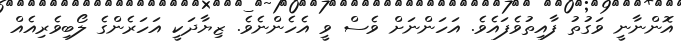
އޮންނާނީ ވަގުތު ފާއިތުވެފައެވެ. އަހަންނަށް ވެސް ވީ އެހެންނެވެ. ޒިޔާދަކީ އަހަރެންގެ ލޯބިވެރިއެއް